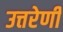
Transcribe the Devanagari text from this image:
उत्तरेणी